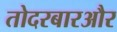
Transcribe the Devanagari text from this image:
तोदरबारऔर